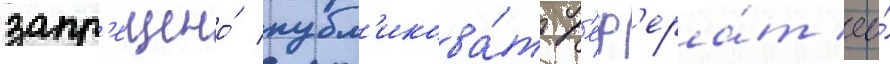
запр'ещено́ публ'икова́ть р'еф'ера́т ео́